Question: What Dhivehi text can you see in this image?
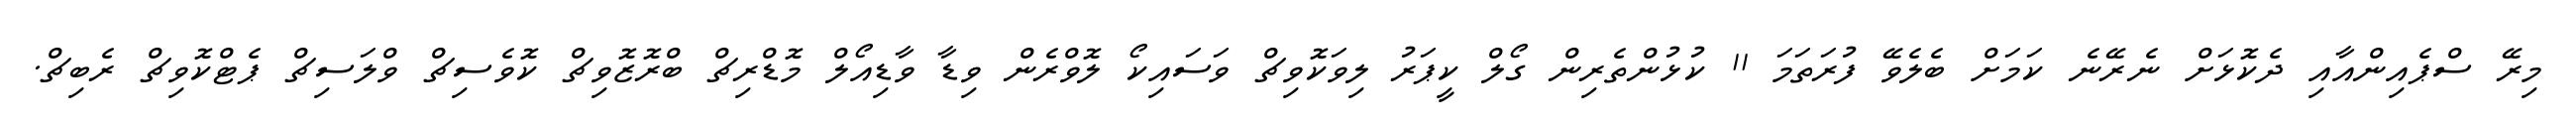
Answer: މިރޭ ސްޕެއިންއާއި ދެކޮޅަށް ނެރޭނެ ކަމަށް ބެލެވޭ ފުރަތަމަ 11 ކުޅުންތެރިން ގޯލް ކީޕަރު ލިވަކޮވިޗް ވަސައިކޯ ލޮވްރެން ވިޑާ ވާޑިއޯލް މޮޑްރިޗް ބްރޮޒޮވިޗް ކޮވެސިޗް ވްލަސިޗް ޕެޓްކޮވިޗް ރެބިޗް.